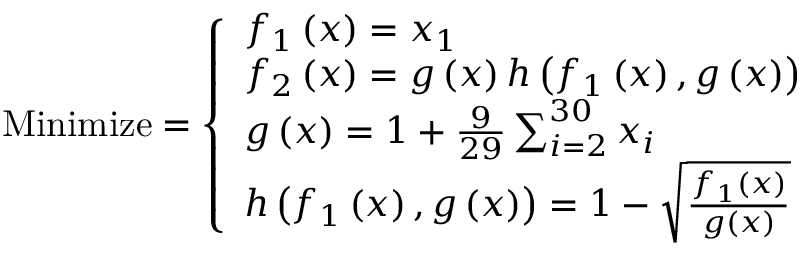
{ \mathrm { M i n i m i z e } } = { \left\{ \begin{array} { l l } { f _ { 1 } \left( { \boldsymbol { x } } \right) = x _ { 1 } } \\ { f _ { 2 } \left( { \boldsymbol { x } } \right) = g \left( { \boldsymbol { x } } \right) h \left( f _ { 1 } \left( { \boldsymbol { x } } \right) , g \left( { \boldsymbol { x } } \right) \right) } \\ { g \left( { \boldsymbol { x } } \right) = 1 + { \frac { 9 } { 2 9 } } \sum _ { i = 2 } ^ { 3 0 } x _ { i } } \\ { h \left( f _ { 1 } \left( { \boldsymbol { x } } \right) , g \left( { \boldsymbol { x } } \right) \right) = 1 - { \sqrt { \frac { f _ { 1 } \left( { \boldsymbol { x } } \right) } { g \left( { \boldsymbol { x } } \right) } } } } \end{array} \right. }